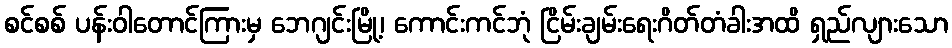
စင်စစ် ပန်းဝါတောင်ကြားမှ ဘေဂျင်းမြို့၊ ကောင်းကင်ဘုံ ငြိမ်းချမ်းရေးဂိတ်တံခါးအထိ ရှည်လျားသော